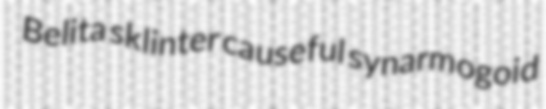
Belita sklinter causeful synarmogoid